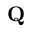
\mathbf { Q }